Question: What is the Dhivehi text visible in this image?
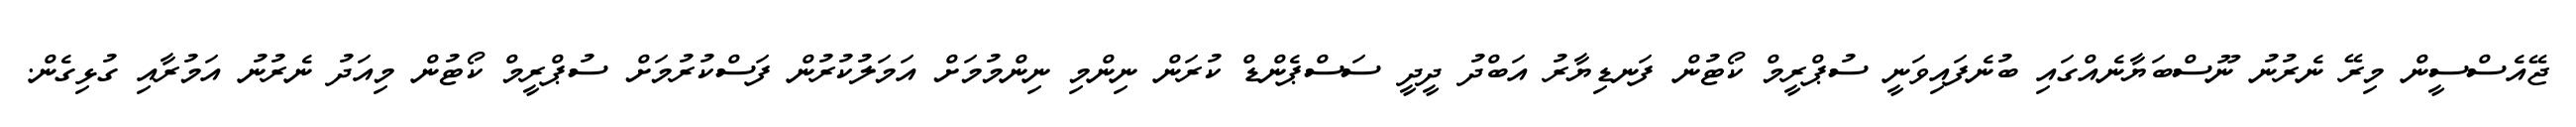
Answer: ޖޭއެސްސީން މިރޭ ނެރުނު ނޫސްބަޔާނެއްގައި ބުނެފައިވަނީ ސުޕްރީމް ކޯޓުން ފަނޑިޔާރު އަބްދު ދީދީ ސަސްޕެންޑް ކުރަން ނިންމި ނިންމުމަށް އަމަލުކުރުން ފަސްކުރުމަށް ސުޕްރީމް ކޯޓުން މިއަދު ނެރުނު އަމުރާއި ގުޅިގެން.